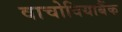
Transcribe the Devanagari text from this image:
वाचोवियाबैंक